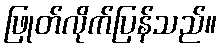
ဖြုတ်လိုက်ပြန်သည်။